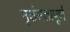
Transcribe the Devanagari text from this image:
नृशंसतापूर्ण